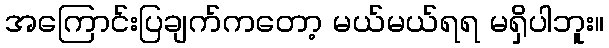
အကြောင်းပြချက်ကတော့ မယ်မယ်ရရ မရှိပါဘူး။